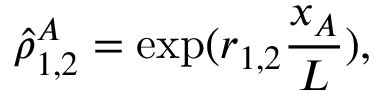
\hat { \rho } _ { 1 , 2 } ^ { A } = \exp ( r _ { 1 , 2 } \frac { x _ { A } } { L } ) ,